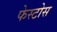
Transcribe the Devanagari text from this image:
फेस्टोस